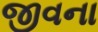
જીવના